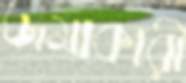
জমাকারী